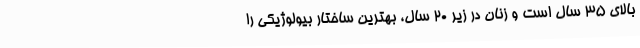
بالای ۳۵ سال است و زنان در زیر ۲۰ سال، بهترین ساختار بیولوژیکی را